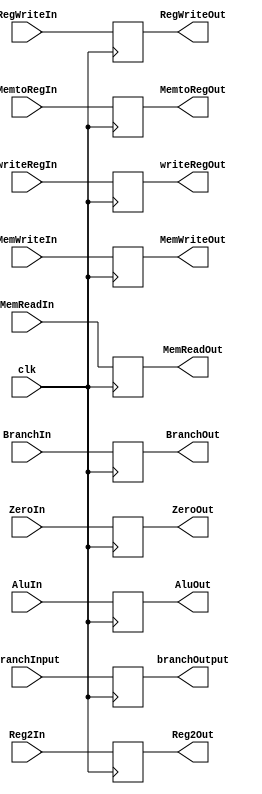
module EXMEM( BranchOut, MemReadOut, MemtoRegOut, MemWriteOut,RegWriteOut,
branchOutput,
ZeroOut,
AluOut,
Reg2Out,
writeRegOut,

BranchIn, MemReadIn, MemtoRegIn, MemWriteIn,RegWriteIn,
branchInput,
ZeroIn,
AluIn,
Reg2In,
writeRegIn,
clk
);

output reg BranchOut, MemReadOut, MemtoRegOut, MemWriteOut, RegWriteOut, ZeroOut;
output reg [9:0] branchOutput;
output reg [31:0] AluOut, Reg2Out;
output reg [4:0] writeRegOut;

input BranchIn, MemReadIn, MemtoRegIn, MemWriteIn, RegWriteIn, ZeroIn, clk;
input [9:0] branchInput;
input [31:0] AluIn, Reg2In;
input [4:0] writeRegIn;

always @ (posedge clk)
begin
	//JumpOut <= JumpIn;
	BranchOut <= BranchIn;
	MemReadOut <= MemReadIn;
	MemtoRegOut <= MemtoRegIn;
	MemWriteOut <= MemWriteIn;
	RegWriteOut <= RegWriteIn;
	ZeroOut <= ZeroIn;
	branchOutput <= branchInput;
	AluOut <= AluIn;
	Reg2Out <= Reg2In;
	writeRegOut <= writeRegIn;
	
	
end

endmodule